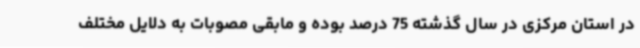
در استان مرکزی در سال گذشته 75 درصد بوده و مابقی مصوبات به دلایل مختلف